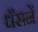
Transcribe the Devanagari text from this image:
धँसनें